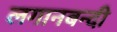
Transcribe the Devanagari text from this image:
लगानबन्दी